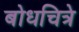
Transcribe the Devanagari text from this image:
बोधचित्रे